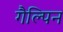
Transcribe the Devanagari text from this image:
गैल्पिन